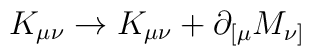
K_{\mu\nu}\rightarrow K_{\mu\nu}+\partial_{[\mu}M_{\nu]}